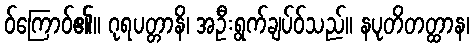
ဝ်ကြောဝ်၏။ ဂုရပတ္တာနိ၊ အဦးရွက်ချပ်ဝ်သည်။ နပုတိတတ္ထာန၊